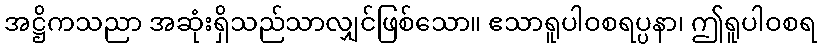
အဋ္ဌိကသညာ အဆုံးရှိသည်သာလျှင်ဖြစ်သော။ ဧသာရူပါဝစရပ္ပနာ၊ ဤရူပါဝစရ